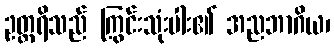
ဥတ္တရိသည် ကြွင်းသုံးပါး၏ အညဘာဂိယ၊